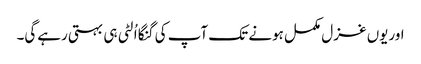
اوریوں غزل مکمل ہونے تک آپ کی گنگا اُلٹی ہی بہتی رہےگی۔